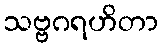
သဗ္ဗဂရဟိတာ